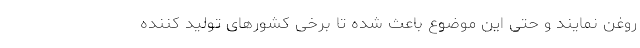
روغن نمایند و حتی این موضوع باعث شده تا برخی کشورهای تولید کننده